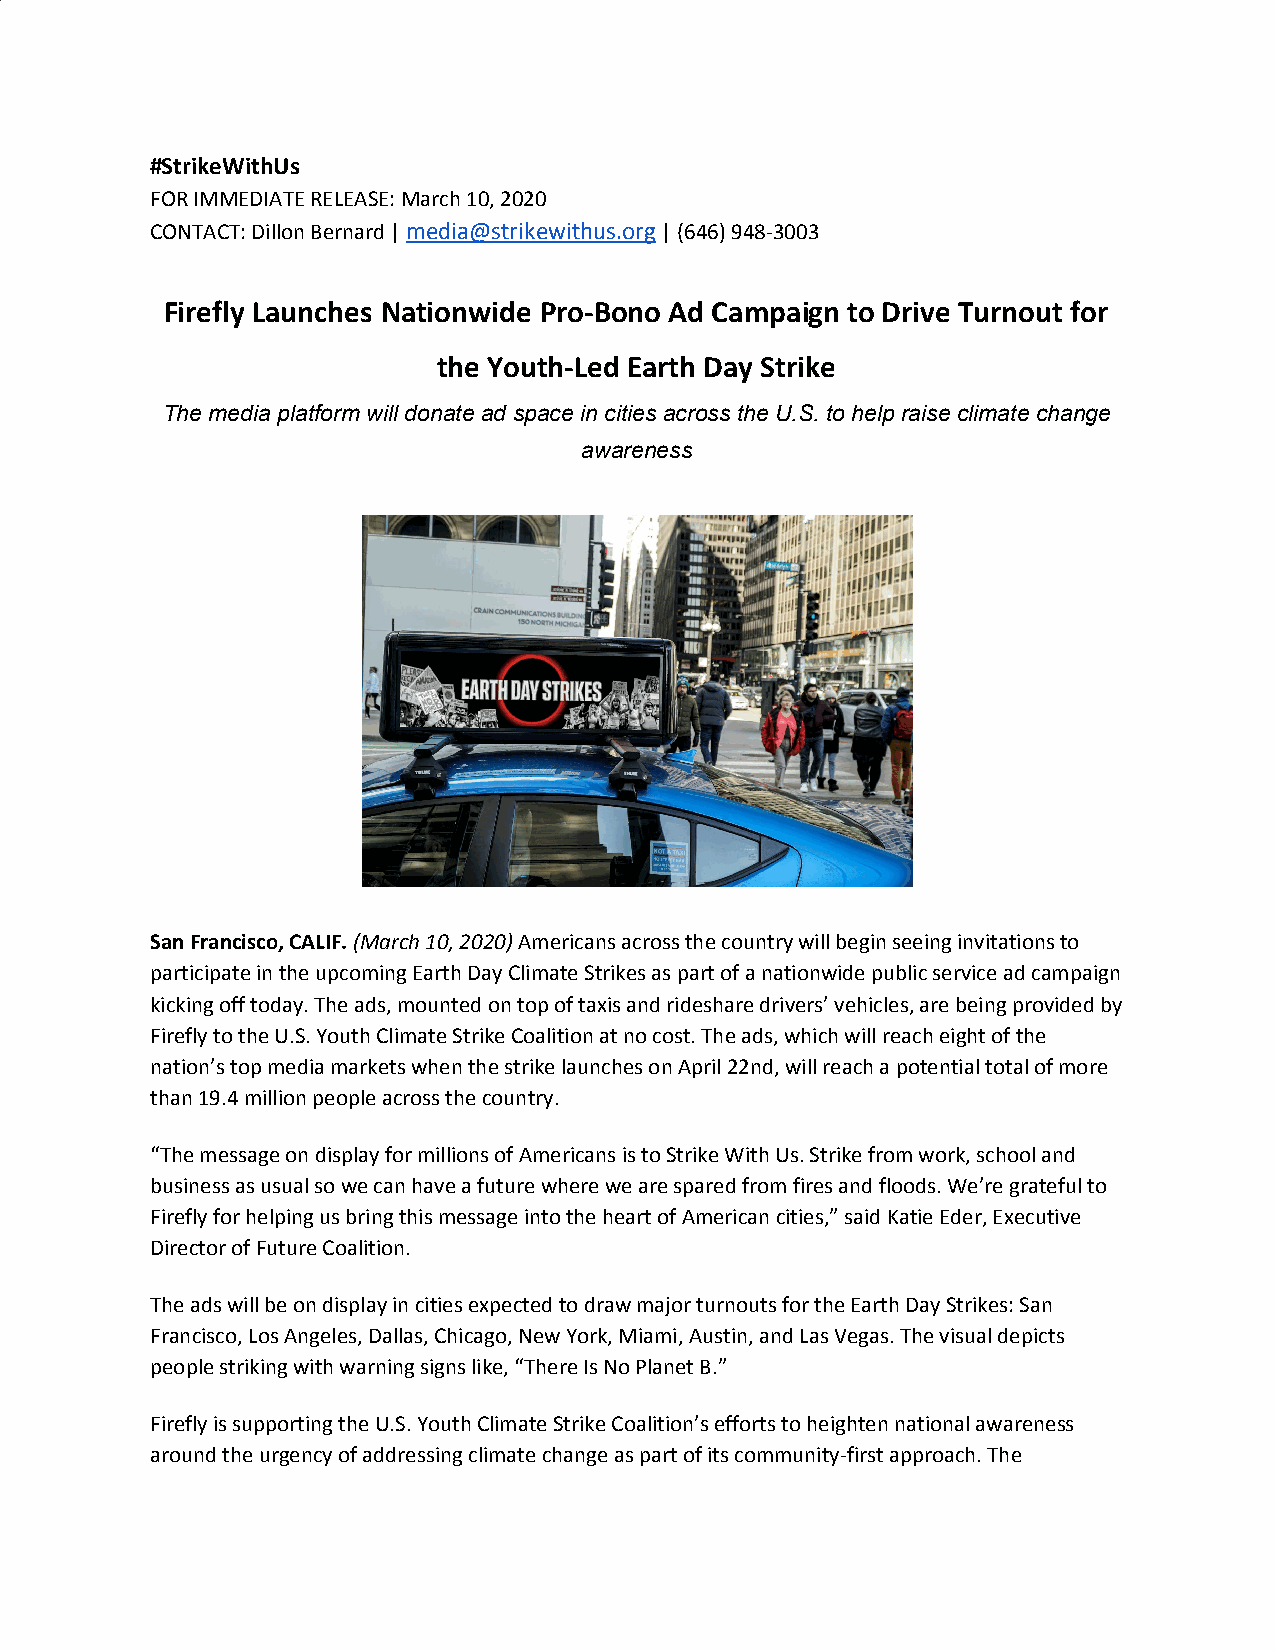
#StrikeWithUs
 FOR IMMEDIATE RELEASE: March 10, 2020
 CONTACT: Dillon Bernard | media@strikewithus.org | (646) 948-3003
 ​               ​
 Firefly Launches Nationwide Pro-Bono Ad Campaign to Drive Turnout for
 ​ ​       ​ ​
 the Youth-Led Earth Day Strike
 The media platform will donate ad space in cities across the U.S. to help raise climate change
 awareness
 San Francisco, CALIF. (March 10, 2020) Americans across the country will begin seeing invitations to
 ​          ​
 participate in the upcoming Earth Day Climate Strikes as part of a nationwide public service ad campaign
 kicking off today. The ads, mounted on top of taxis and rideshare drivers’ vehicles, are being provided by
 Firefly to the U.S. Youth Climate Strike Coalition at no cost. The ads, which will reach eight of the
 nation’s top media markets when the strike launches on April 22nd, will reach a potential total of more
 than 19.4 million people across the country.
 “The message on display for millions of Americans is to Strike With Us. Strike from work, school and
 business as usual so we can have a future where we are spared from fires and floods. We’re grateful to
 Firefly for helping us bring this message into the heart of American cities,” said Katie Eder, Executive
 Director of Future Coalition.
 The ads will be on display in cities expected to draw major turnouts for the Earth Day Strikes: San
 Francisco, Los Angeles, Dallas, Chicago, New York, Miami, Austin, and Las Vegas. The visual depicts
 people striking with warning signs like, “There Is No Planet B.”
 Firefly is supporting the U.S. Youth Climate Strike Coalition’s efforts to heighten national awareness
 around the urgency of addressing climate change as part of its community-first approach. The